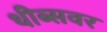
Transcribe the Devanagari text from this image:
थीब्सवर